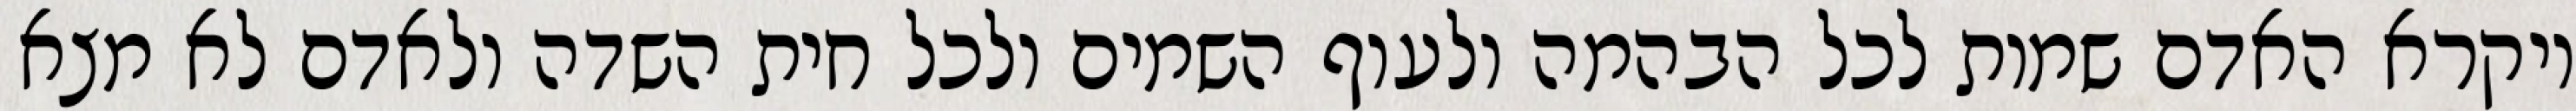
ויקרא האדם שמות לכל הבהמה ולעוף השמים ולכל חית השדה ולאדם לא מצא